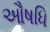
ઔષધિ